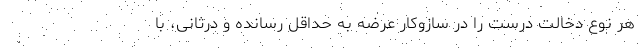
هر نوع دخالت درست را در سازوکار عرضه به حداقل رسانده و درثانی، با